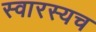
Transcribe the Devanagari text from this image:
स्वारस्यच